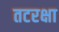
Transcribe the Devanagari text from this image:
तटरक्षा